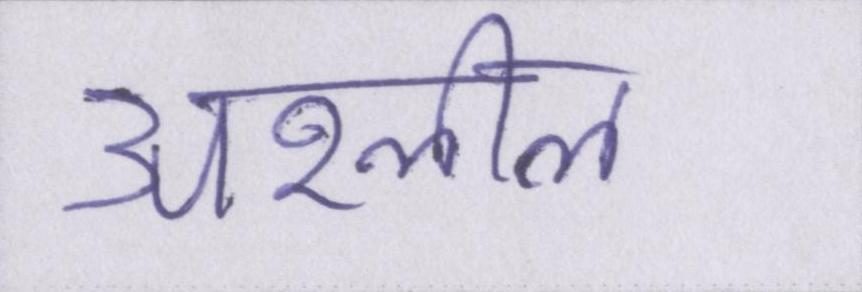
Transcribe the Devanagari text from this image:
अश्लील